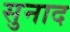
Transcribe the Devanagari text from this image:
सुनाद